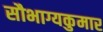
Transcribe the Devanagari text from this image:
सौभाग्यकुमार